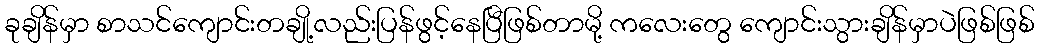
ခုချိန်မှာ စာသင်ကျောင်းတချို့လည်းပြန်ဖွင့်နေပြီဖြစ်တာမို့ ကလေးတွေ ကျောင်းသွားချိန်မှာပဲဖြစ်ဖြစ်